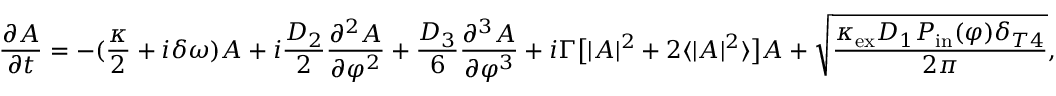
\frac { \partial A } { \partial t } = - ( \frac { \kappa } { 2 } + i \delta \omega ) A + i \frac { D _ { 2 } } { 2 } \frac { \partial ^ { 2 } A } { \partial \varphi ^ { 2 } } + \frac { D _ { 3 } } { 6 } \frac { \partial ^ { 3 } A } { \partial \varphi ^ { 3 } } + i \Gamma \big [ | A | ^ { 2 } + 2 \langle | A | ^ { 2 } \rangle \big ] A + \sqrt { \frac { \kappa _ { \mathrm { e x } } D _ { 1 } P _ { \mathrm { i n } } ( \varphi ) \delta _ { T 4 } } { 2 \pi } } ,